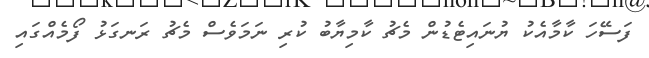
ފަސޭހަ ކާމާއެކު ޔުނައިޓެޑުން މެޗު ކާމިޔާބު ކުރި ނަމަވެސް މެޗު ރަނގަޅު ފޯމެއްގައި